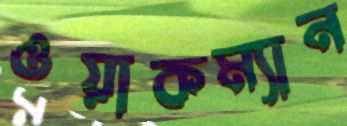
ওয়াকম্যান